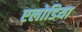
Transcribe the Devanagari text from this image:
एलोडिया